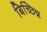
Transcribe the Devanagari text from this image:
बिच्छिन्न